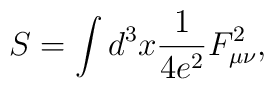
S=\int d^3x \frac{1}{4e^2}F_{\mu\nu}^2,